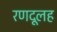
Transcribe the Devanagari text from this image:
रणदूलह